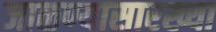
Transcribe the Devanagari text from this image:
जाळण्यासारख्या